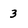
Character: 3